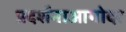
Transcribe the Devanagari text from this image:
प्रदर्शनाआगोदर